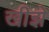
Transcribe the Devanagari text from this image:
खीझे